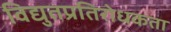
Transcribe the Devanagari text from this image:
विद्युतप्रतिरोधकता